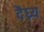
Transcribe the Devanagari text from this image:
दैध्र्य